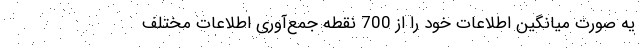
یه صورت میانگین اطلاعات خود را از 700 نقطه جمع‌آوری اطلاعات مختلف